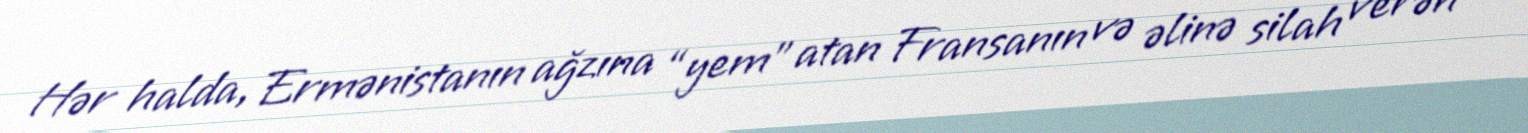
Hər halda, Ermənistanın ağzına “yem” atan Fransanın və əlinə silah verən